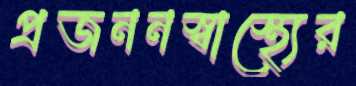
প্রজননস্বাস্থ্যের